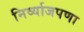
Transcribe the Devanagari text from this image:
निर्व्याजपणा